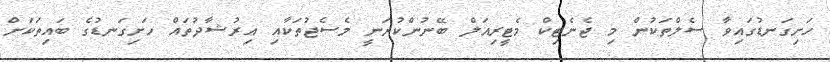
ހަށިގަނޑުގައިވާ ސެލްތަކުން މި ޖެނެޓިކް މެޓީރިއަލް ބޭނުންކުރަނީ މެސެޖުތަކާއި އިރުޝާދުތައް ހަށިގަނޑުގެ ބައިތަކަށް